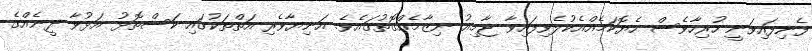
ފެނިފައިވަނީ ހުރިހާވެސް ހެޔޮކަމެއްއެކުލެވިފައިވާ ޖާމިޢު ނިޒާމެއްގޮތުގައެވެ. އަނިޔާވެރި އަތްތަކުގައި ކަސްތޮޅު އަޅުވާ ދީނެއްގެ